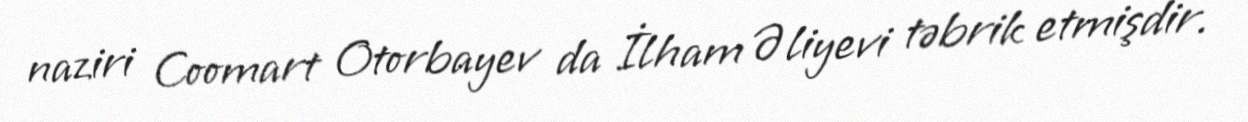
naziri Coomart Otorbayev da İlham Əliyevi təbrik etmişdir.